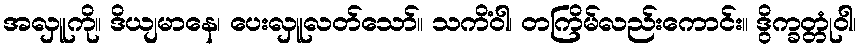
အလှူကို။ ဒိယျမာနေ၊ ပေးလှူလတ်သော်။ သကိံဝါ၊ တကြိမ်လည်းကောင်း။ ဒွိက္ခတ္တုံဝါ၊